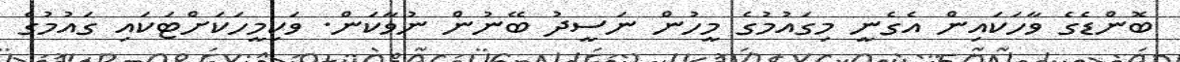
ބޮންޑެގެ ވާހަކައިން އެގެނީ މިގައުމުގެ މީހުން ނަސީދު ބޭނުން ނުވާކަން. ވަކިމީހަކަށްޓަކައި ގައުމުގެ